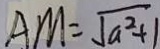
A M = \sqrt { a ^ { 2 } + 1 }